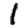
Digit: 1